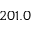
2 0 1 . 0